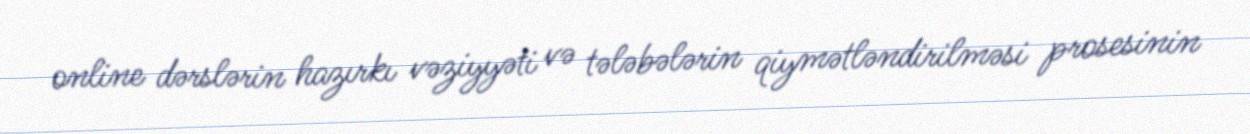
online dərslərin hazırkı vəziyyəti və tələbələrin qiymətləndirilməsi prosesinin